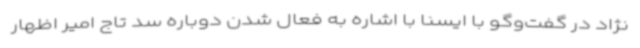
نژاد در گفت‌وگو با ایسنا با اشاره به فعال شدن دوباره سد تاج امیر اظهار